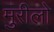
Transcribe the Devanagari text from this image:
मुरीलो